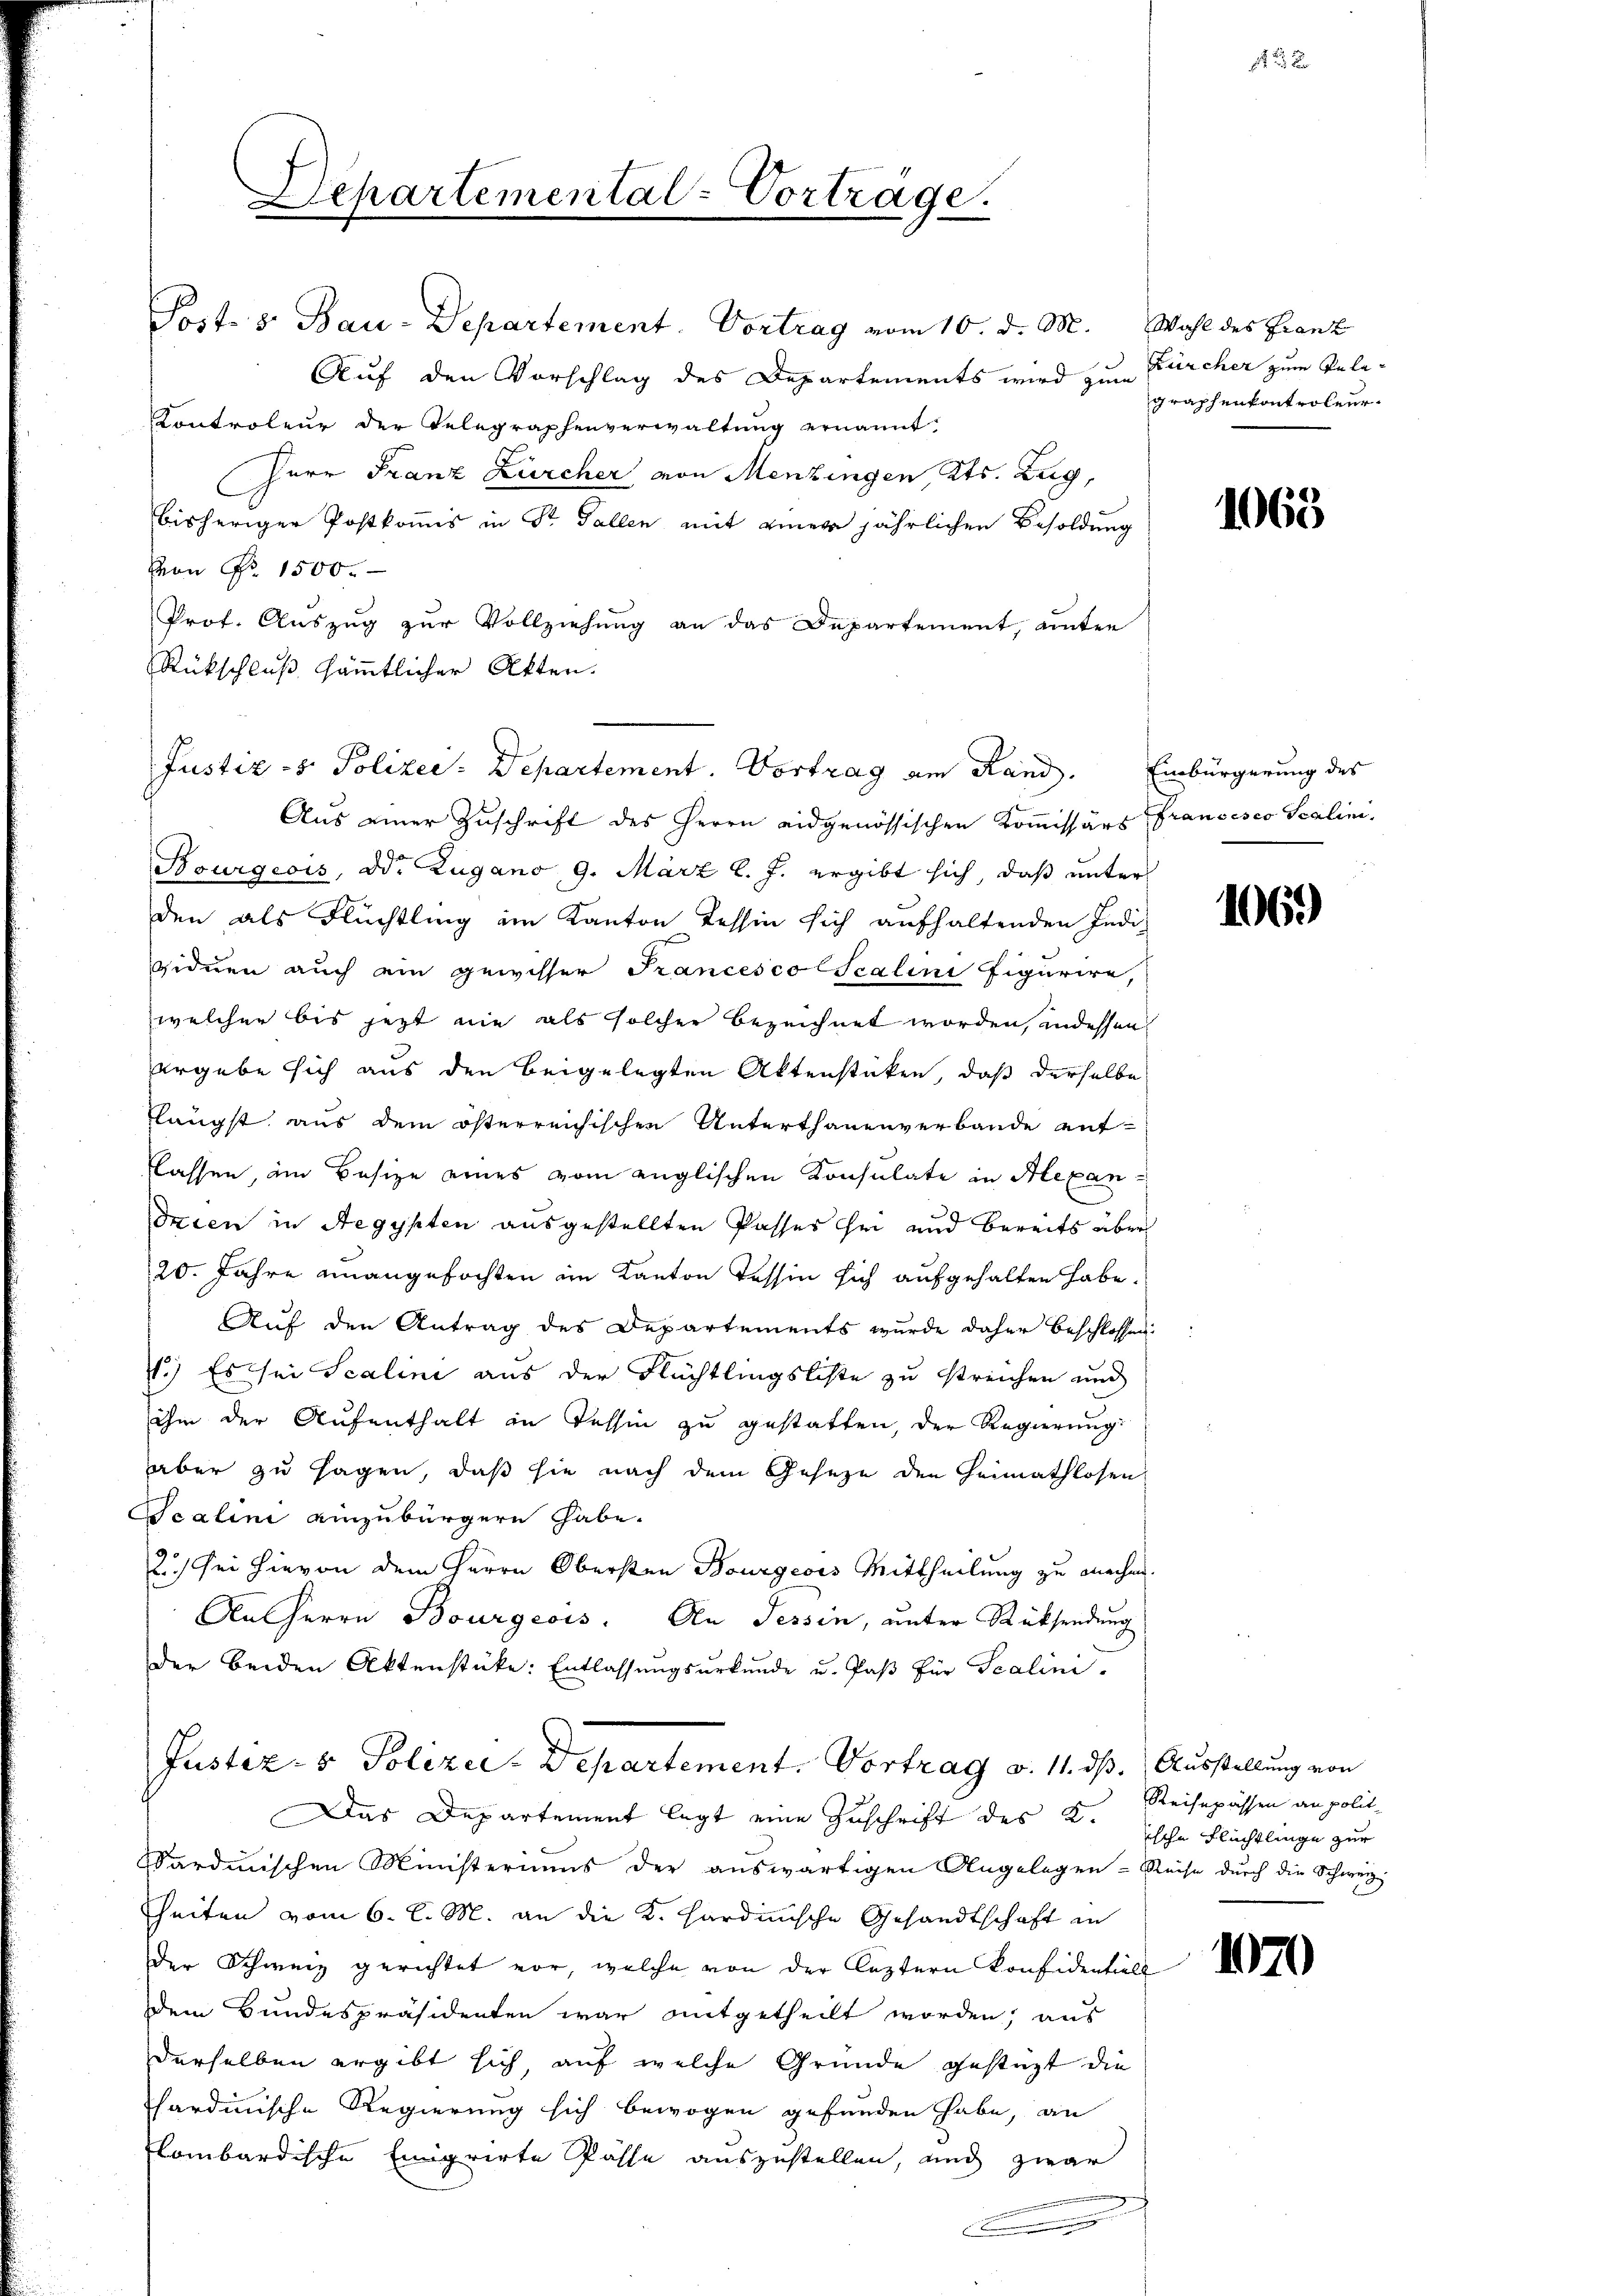
Schartemental-Vorträge.
Post s. Bau-Departement. Vortrag vom 10. d. M. Wahl des Franz

Auf den Vorschlag des Departements wird zu Zürcher zum Tele¬
Kontroleur der Telegraphenverwaltung ernannt:
Herr Franz Zürcher von Menzingen Kts. Zug,
bisheriger Postkomis in St. Gallen mit einer jährlichen Besoldung
Von Fr. 1500.
Prof. Auszug zur Vollziehung an das Departement, ainter
Rückschluß sämmtlicher Akten.
Aus einer Zuschrift des Herrn eidgenössischen Kommissärs Francesco Scalini,
Bourgeois, Dd. Zugano 9. März l. J. ergibt sich, daß unter
den als Flüchtling im Kanton Tessin sich aufhaltenden Indi-
viduen auch ein gewisser Francesco Scalini figurire,
welcher bis jetzt nie als solcher bezeichnet worden, indessen
rgebe sich aus den beigelegten Aktenstüken, daß derselbe
flängst aus dem österreichischen Unterthanenverbande ent-
lassen, im Besize eines vom englischen Konsulate in Alexandrien in Aegypten ausgestellten Passes hin und bereits über
20. Jahre unangefochten im Kanton Tessin sich aufgehalten habe.
Auf den Antrag des Departements wurde daher beschlossen:
7.) Es sei Scalini aus der Flüchtlingsliste zu streichen und
ihm der Aufenthalt in Tessin zu gestatten, der Regierung:
aber zu sagen, daß sie nach dem Geseze den Heimathlosen
Scalini einzubürgern habe.
2.) Sei hievon dem Herrn Obersten Bourgeois Mittheilung zu machen.
An Herrn Bourgeois. An Tessin, unter Rücksendung
der beiden Aktenstücke: Entlassungsurkunde u. Paβ für Scalini
Justiz- & Polizei-Departement. Vortrag v. 11. ds. Ausstellung von
Das Departement legt eine Zuschrift des K. Reisepässen an polit¬
Sardinischen Ministeriums der auswärtigen Angelegen - Reise durch die Schweiz.
heiten vom 6. d. M. an die K. Hardinische Gesandtschaft in
der Schweiz gerichtet vor, welche von der leztern Konfidentiell
dem Bundespräsidenten war mitgetheilt worden, aus
derselben ergibt sich auf welche Gründe gestüzt die
hardinische Regierung sich bewogen gefunden habe, an
lombardische Emigrirte Pässe auszustellen, und zwar
.

Justiz- & Polizei: Departement. Vortrag am Rand. Einbürgerung des

graphenkontroleur.

1065

1069

Esche Flüchtlinge zur

1070